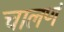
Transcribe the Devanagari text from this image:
चालणं